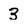
Character: 3